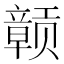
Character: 𫎬